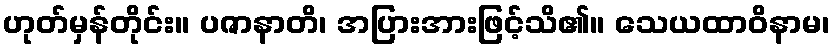
ဟုတ်မှန်တိုင်း။ ပဇာနာတိ၊ အပြားအားဖြင့်သိ၏။ သေယထာဝိနာမ၊